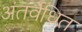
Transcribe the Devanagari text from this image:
अंतर्वेधित